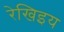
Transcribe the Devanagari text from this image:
रेखिइय